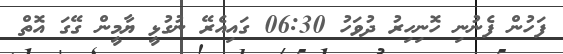
ފަހުން ފެނުނި ހޮނިހިރު ދުވަހު 06:30 ގައިއެރޭ ނުގުޅީ ޔާމީން ގޭގަ އޮތް